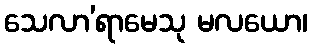
သေလာ’ရာမေသု မလယော၊